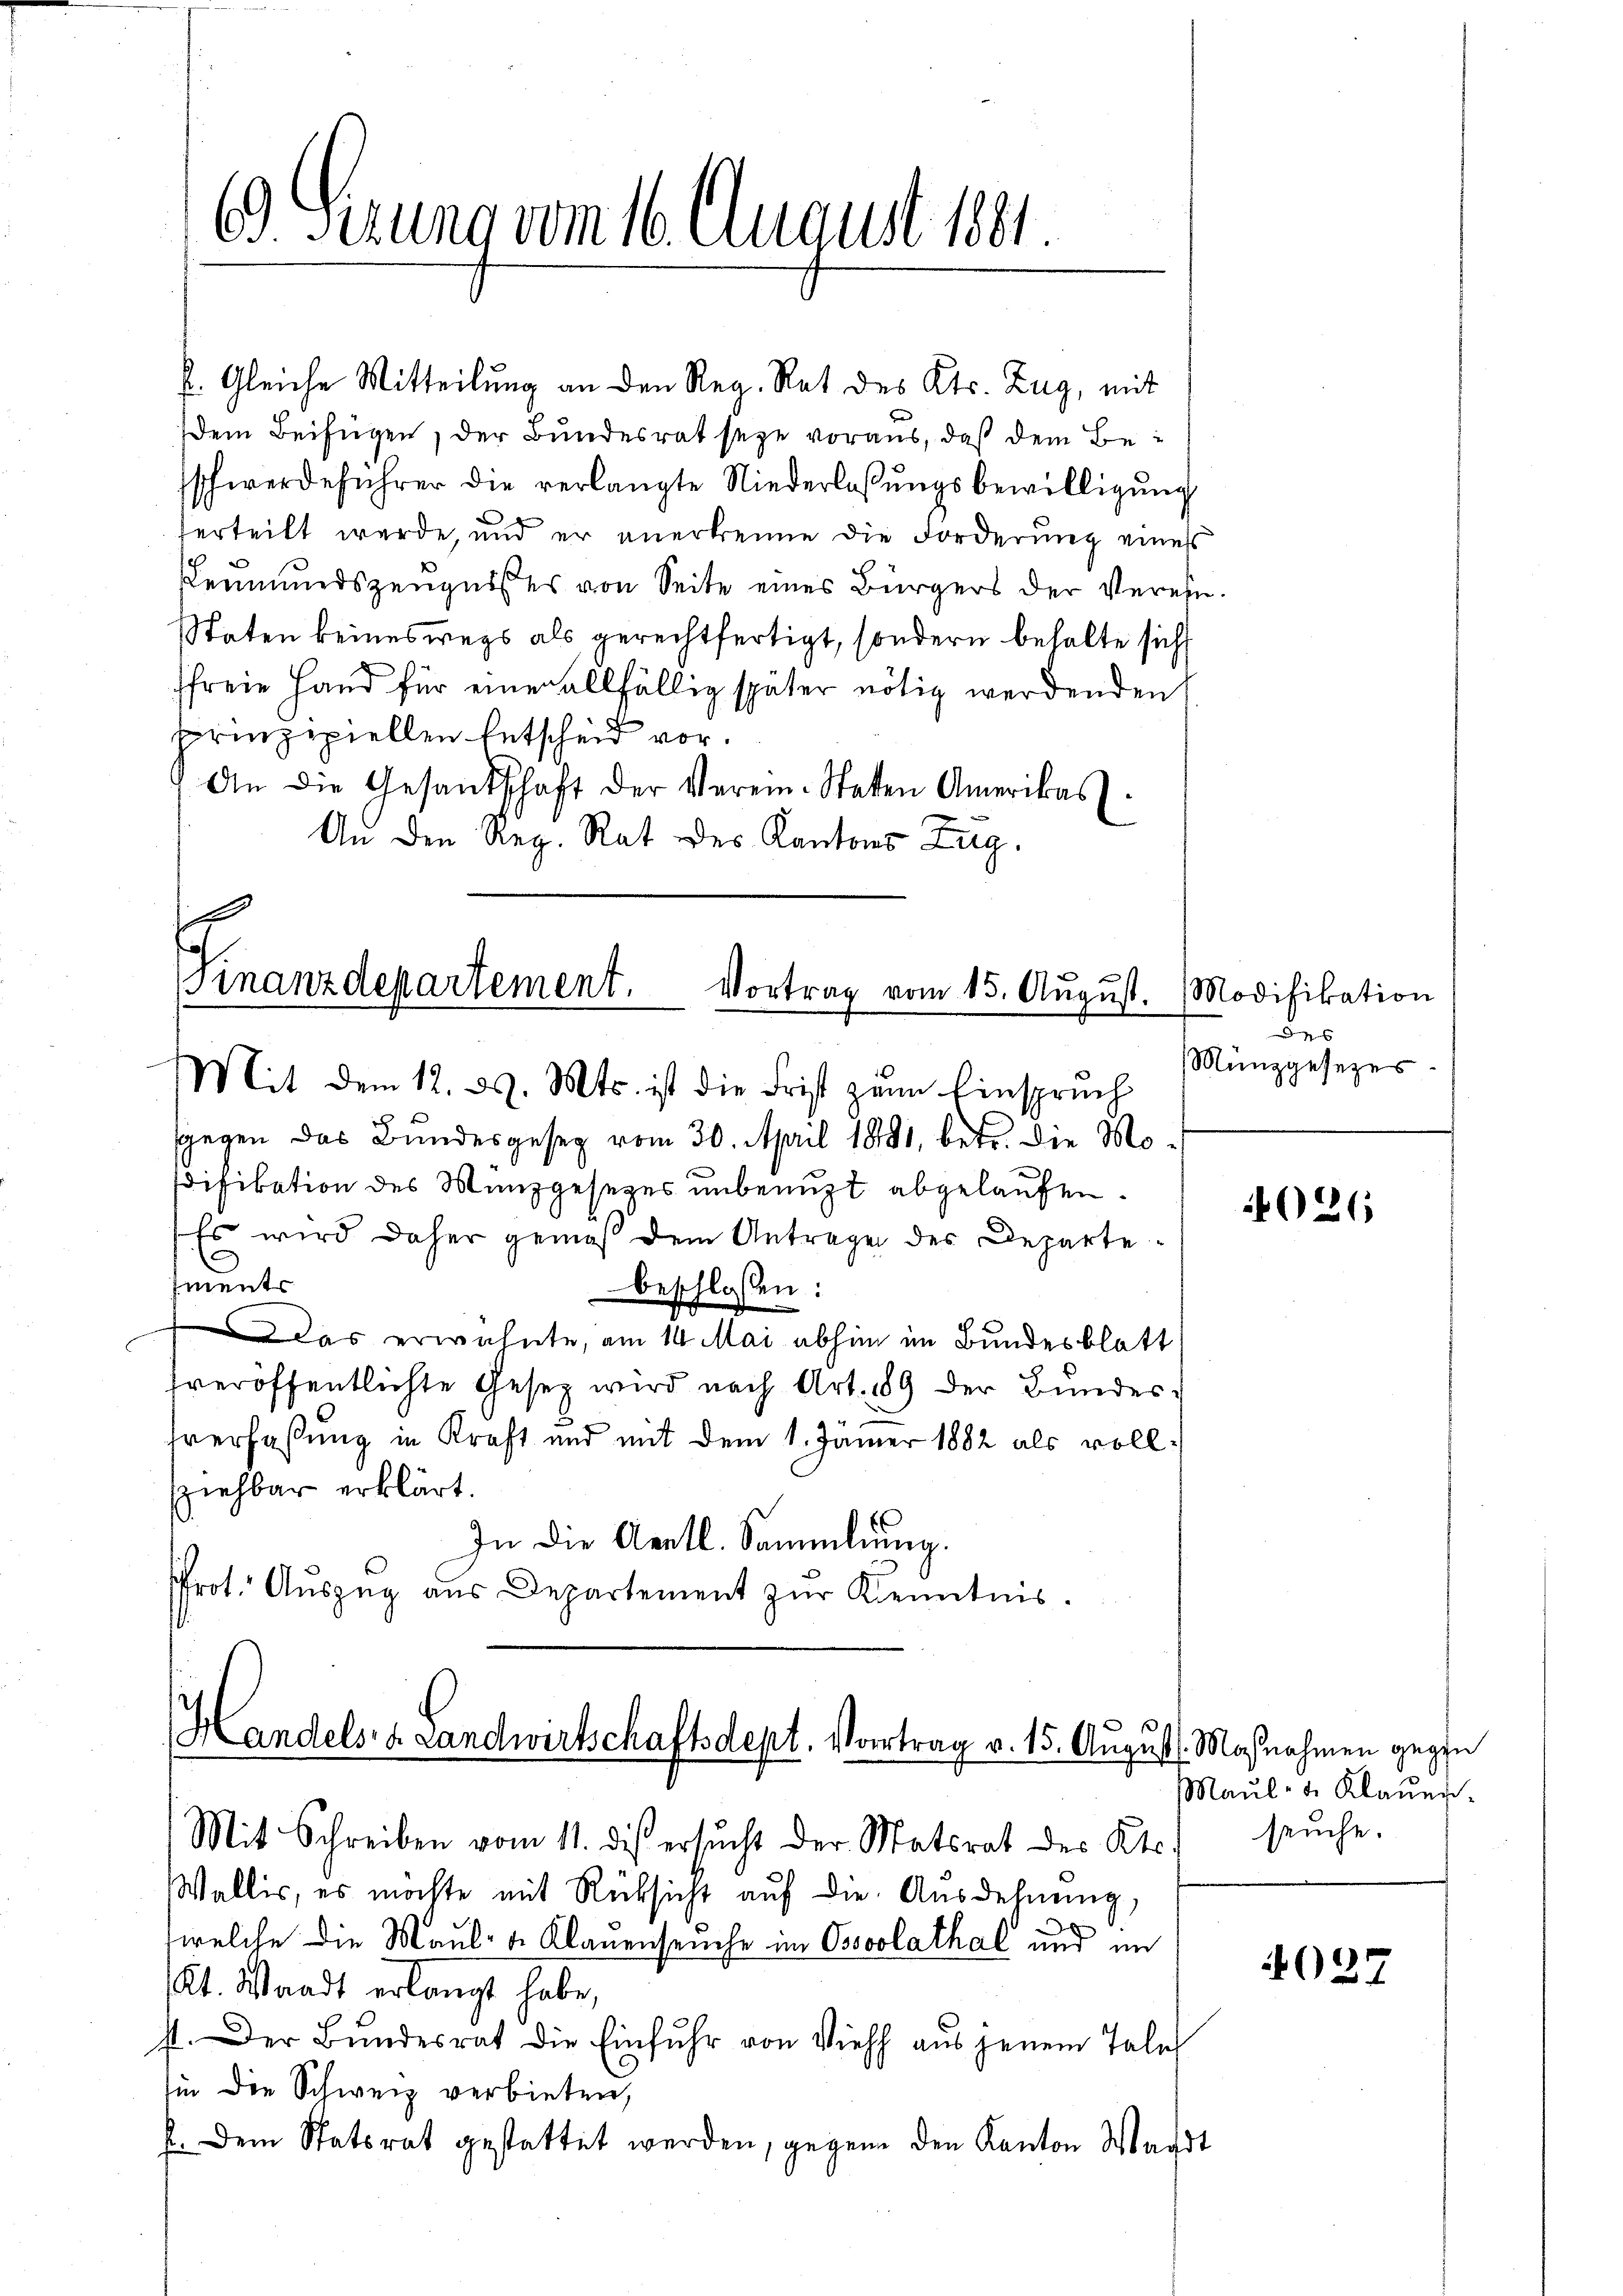
6.) Gerung vom 16. August 1881

k. Gleiche Mitteilung an den Reg. Rat des Kts. Zug, mit
Dem Beifügen, der Bundesrat seye voraus, daß dem Beschwerdeführer die verlangte Niederlassungsbewilligung
serteilt werde, und er anerkenne die Forderung eines
Leumundszeugnisses von Seite eines Bürgers der Verein¬
Staten keineswegs als gerechtfertigt, sondern behalte sich
sfreie Hand für einer allfällig später nötig werdenden
prinzipiellen Entscheid vor.
An die Gesandschaft der Verein-Statten Amerikas
An den Reg. Rat des Kantons Zug.

sgegen das Bundesgeseg vom 30. April 1891, betr. die Modifikation des Manzgesezes unbenuzt abgelaufen.
Es wird daher gemäß dem Antrage des Departements
beschlossen:
Das erwähnte, am 14. Mai abhin im Bundesblatt
veröffentlichte Gesetz wird nach Art. 189 der Bundessverfaßung in Kraft und mit dem 1. Jäner 1882 als vollsziehbar erklärt.
In die Aentl. Sammlung.
frot. Auszug aus Departement zŭr Kenntnis.

E
Finanzdepartement.
Vortrag vom 15. August.
Mit dem 12. d. Mts. ist die Frist zum Einspruch

Handels- & Landwirtschaftsdept. Vortrag v. 15. August
Mit Schreiben vom 11. des ersucht der Matsrat des Kts.

Wallis, es möchte mit Rücksicht auf die Ausdehnung,
welche die Maul- & Klauenseuche im Ossoolathal und im
Kt. Waadt erlangt habe,
st. Der Bŭndesrat die Einfuhr von Vieh aus jenem Tale
si die Schweiz verbieten,
E. Dem Statsrat gestattet werden, gegene den Kanton Waadt

Modifikation
x
Münzgesezes

026

Mosnahmen gegen
Maŭl- 4. Klaŭen.
seuche.

4027